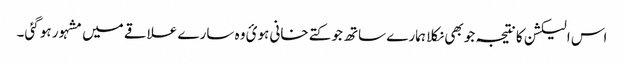
اس الیکشن کا نتیجہ جو بھی نکلا ہمارے ساتھ جو کتے خانی ہوئ وہ سارے علاقے میں مشہور ہو گئی۔